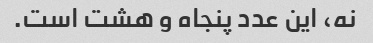
نه، این عدد پنجاه و هشت است.